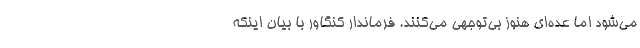
می‌شود اما عده‌ای هنوز بی‌توجهی می‌کنند. فرماندار کنگاور با بیان اینکه